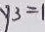
y _ { 3 } = 1